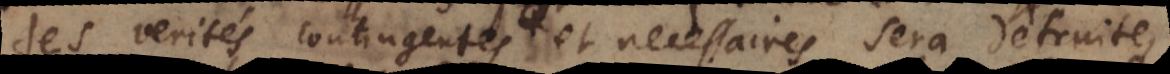
des verités contingentes et necessaires sera detruite,